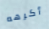
أكرهه